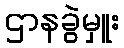
ဌာနခွဲမှူး